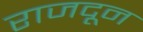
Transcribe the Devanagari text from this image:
राजदून